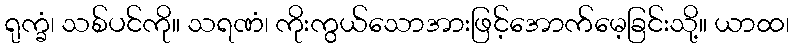
ရုက္ခံ၊ သစ်ပင်ကို။ သရဏံ၊ ကိုးကွယ်သောအားဖြင့်အောက်မေ့ခြင်းသို့။ ယာထ၊